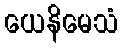
ယေနိမေသံ